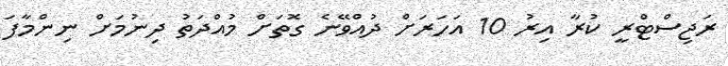
ރަޖިސްޓްރީ ކުރާ އިރު 10 އަހަރަށް ދުއްވޭނެ ގޮތަށް މުއްދަތު ދިނުމަށް ނިންމާފަ